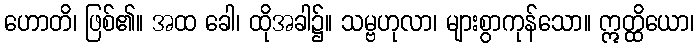
ဟောတိ၊ ဖြစ်၏။ အထ ခေါ၊ ထိုအခါ၌။ သမ္ဗဟုလာ၊ များစွာကုန်သော။ ဣတ္ထိယော၊